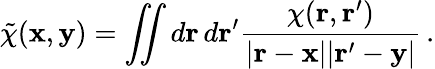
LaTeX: \tilde{\chi}({\mathbf x},{\mathbf y})=\iint d{\mathbf r}\, d{\mathbf r^{\prime}}\frac{\chi({\mathbf r},{\mathbf r^{\prime}})}{|{\mathbf r}-{\mathbf x}||{\mathbf r}^{\prime}-{\mathbf y}|}\, .